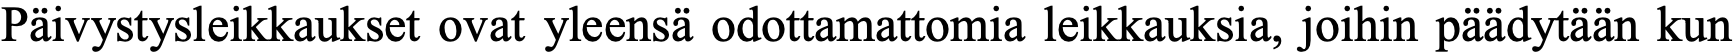
Päivystysleikkaukset ovat yleensä odottamattomia leikkauksia, joihin päädytään kun